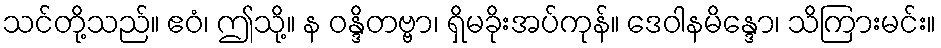
သင်တို့သည်။ ဧဝံ၊ ဤသို့။ န ဝန္ဒိတဗ္ဗာ၊ ရှိမခိုးအပ်ကုန်။ ဒေဝါနမိန္ဒော၊ သိကြားမင်း။